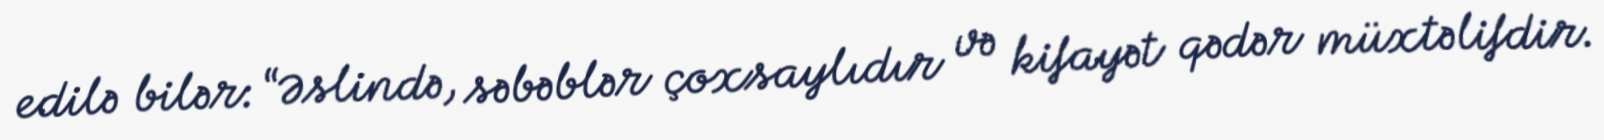
edilə bilər: “Əslində, səbəblər çoxsaylıdır və kifayət qədər müxtəlifdir.